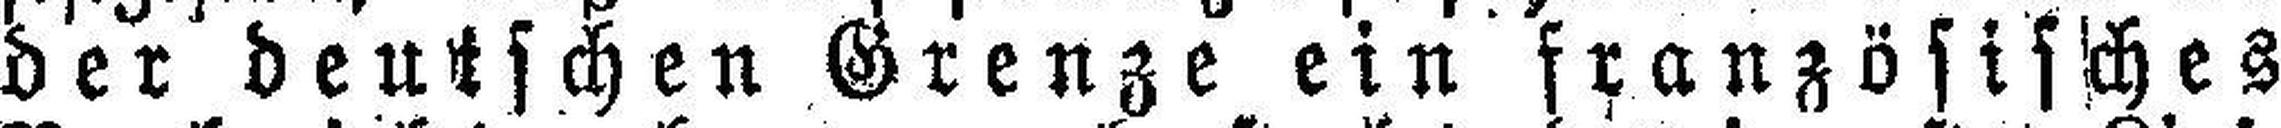
der deutschen Grenze ein französisches